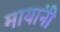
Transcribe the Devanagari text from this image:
मायांनी